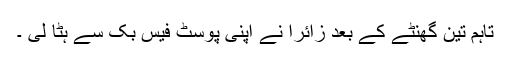
تاہم تین گھنٹے کے بعد زائرا نے اپنی پوسٹ فیس بُک سے ہٹا لی ۔